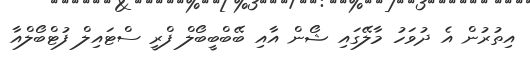
އިތުރުން އެ ދުވަހު މާލޭގައި ޝޯން އާއި ބޭބްބީބޯލް ފްރީ ސްޓައިލް ފުޓްބޯލްއާ